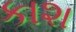
કાશ